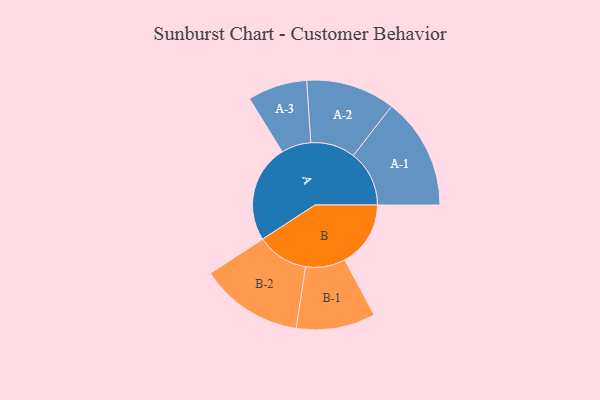
{"axis": {"x": "Segment", "y": "Value"}, "legend": ["", "A", "B"], "data": [{"x": "A", "y": 457, "type": ""}, {"x": "B", "y": 308, "type": ""}, {"x": "A-1", "y": 261, "type": "A"}, {"x": "A-2", "y": 208, "type": "A"}, {"x": "A-3", "y": 139, "type": "A"}, {"x": "B-1", "y": 185, "type": "B"}, {"x": "B-2", "y": 241, "type": "B"}]}